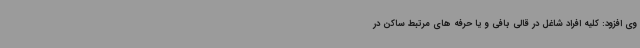
وی افزود: کلیه افراد شاغل در قالی بافی و یا حرفه های مرتبط ساکن در